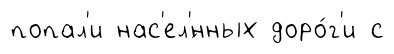
попал'и нас'ел'́нных доро́г'и с